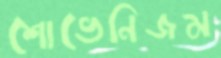
শোভেনিজম